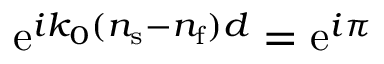
\mathrm { e } ^ { i k _ { 0 } ( n _ { \mathrm { s } } - n _ { \mathrm { f } } ) d } = \mathrm { e } ^ { i \pi }